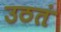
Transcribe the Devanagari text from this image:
उठतं